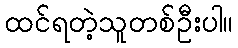
ထင်ရတဲ့သူတစ်ဦးပါ။